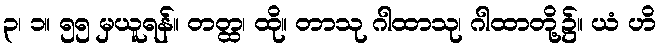
၃၊ ၁။ ၅၅ မှယူရန်။ တတ္ထ၊ ထို။ တာသု ဂါထာသု၊ ဂါထာတို့၌။ ယံ ဟိ